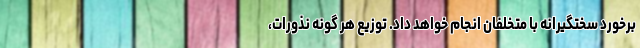
برخورد سختگیرانه با متخلفان انجام خواهد داد. توزیع هر گونه نذورات،